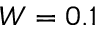
W = 0 . 1